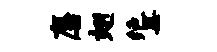
麋翅绝黑